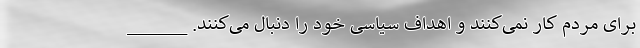
برای مردم کار نمی‌کنند و اهداف سیاسی خود را دنبال می‌کنند. ______